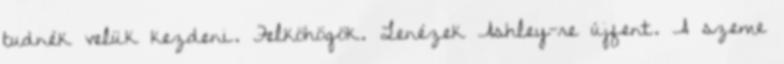
tudnék velük kezdeni. Felköhögök. Lenézek Ashley-re újfent. A szeme